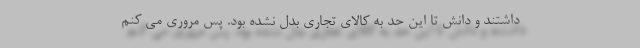
داشتند و دانش تا این حد به کالای تجاری بدل نشده بود. پس مروری می کنم